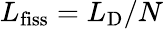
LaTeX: L_{\mathrm{fiss}}=L_{\mathrm{D}}/N